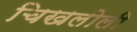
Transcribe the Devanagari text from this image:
चिखलोली